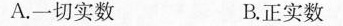
A.一切实数 B.正实数